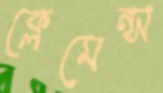
ক্লেমেন্স